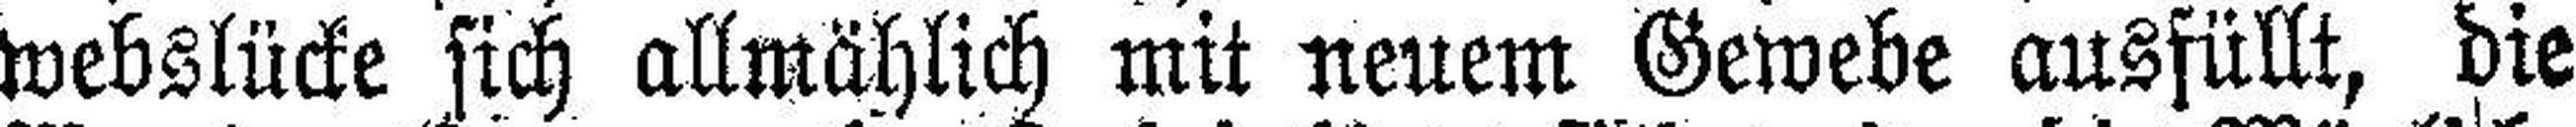
webslücke sich allmählich mit neuem Gewebe ausfüllt, die